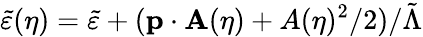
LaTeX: \tilde{\varepsilon}(\eta)=\tilde{\varepsilon}+(\mathbf{p}\cdot\mathbf{A}(\eta)+A(\eta)^{2}/2)/\tilde{\Lambda}